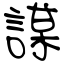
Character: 謀